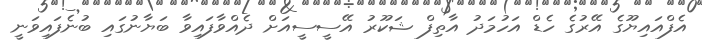
އެފްއައިޔޫގެ އޭރުގެ ހެޑް އަހުމަދު އާތިފް ޝަކޫރު އޭސީސީއަށް ދެއްވާފައިވާ ބަޔާނުގައި ބުނެފައިވަނީ